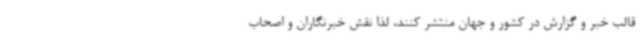
قالب خبر و گزارش در کشور و جهان منتشر کنند، لذا نقش خبرنگاران و اصحاب